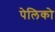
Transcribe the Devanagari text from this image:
पेलिको